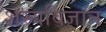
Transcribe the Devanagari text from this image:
शस्यविज्ञान